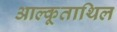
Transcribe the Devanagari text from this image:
आल्कूताथिल